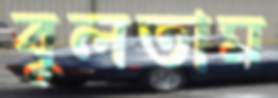
বুলতাম